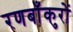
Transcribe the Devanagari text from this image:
रणबाँकुरों